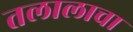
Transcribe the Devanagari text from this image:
तलालाचा